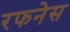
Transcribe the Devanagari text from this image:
रफनेस